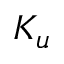
K _ { u }